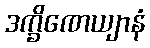
ဒက္ခိဏေယျာနံ